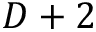
D + 2